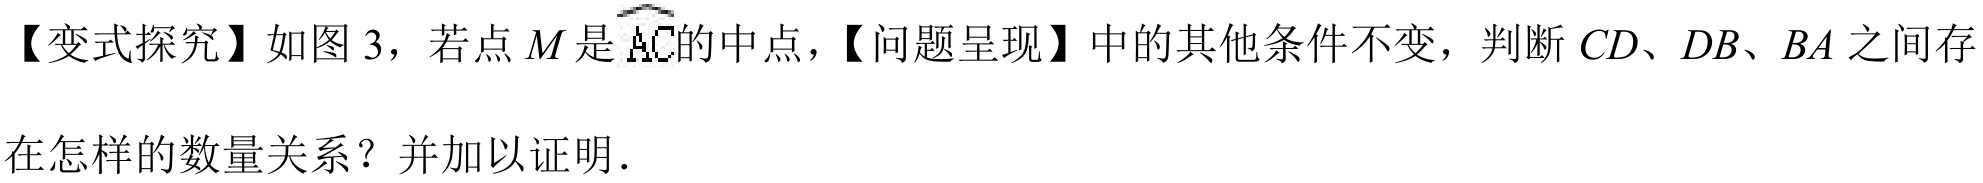
【变式探究】如图 3，若点\(M\)是\(\overset{\frown}{AC}\)的中点，【问题呈现】中的其他条件不变，判断\(CD\)、\(DB\)、\(BA\)之间存在怎样的数量关系？并加以证明．